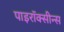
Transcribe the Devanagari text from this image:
पाइरॉक्सीन्स